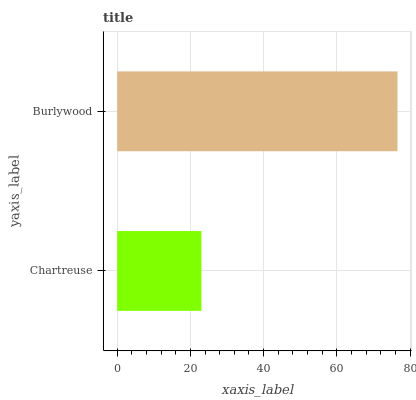
| yaxis_label | bars |
 | --- | --- |
 | Chartreuse | 23 |
 | Burlywood | 76.5 |